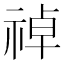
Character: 𫀑